Report of the Indian Hemp Drugs Commission, 1894-1895 - Volume IV
Year: 1894
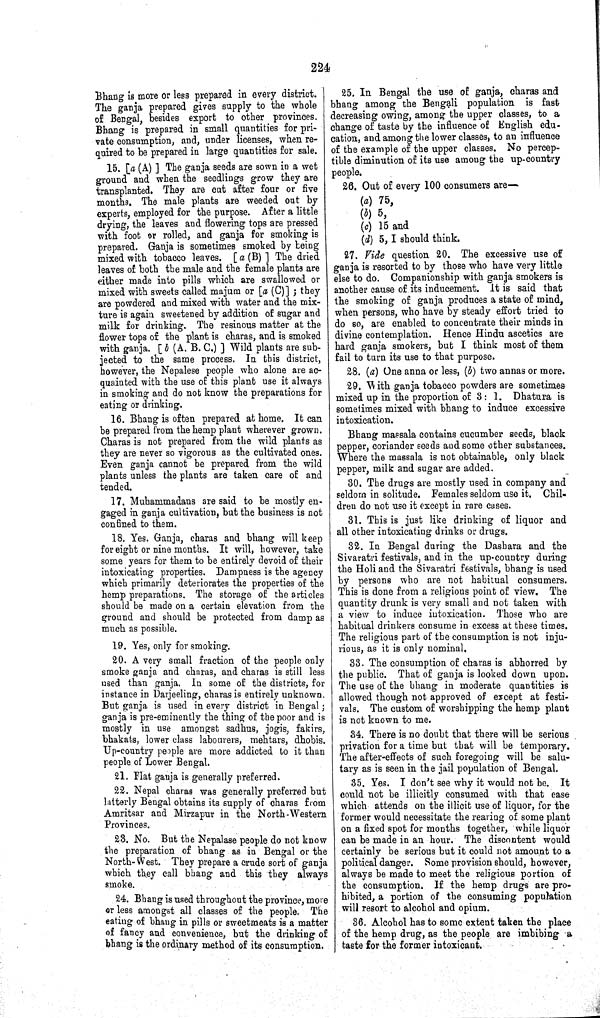
224
Bhang is more or less prepared in every district.
The ganja prepared gives supply to the whole
of Bengal, besides export to other provinces.
Bhang is prepared in small quantities for pri-
vate consumption, and, under licenses, when re-
quired to be prepared in large quantities for sale.
15. [a (A) ] The ganja seeds are sown in a wet
ground and when the seedlings grow they are
transplanted. They are cut after four or five
months. The male plants are weeded out by
experts, employed for the purpose. After a little
drying, the leaves and flowering tops are pressed
with foot or rolled, and ganja for smoking is
prepared. Ganja is sometimes smoked by being
mixed with tobacco leaves. [a (B)] The dried
leaves of both the male and the female plants are
either made into pills which are swallowed or
mixed with sweets called majum or [a (C)]; they
are powdered and mixed with water and the mix-
ture is again sweetened by addition of sugar and
milk for drinking. The resinous matter at the
flower tops of the plant is charas, and is smoked
with ganja. [ b (A. B. C.) ] Wild plants are sub-
jected to the same process. In this district,
however, the Nepalese people who alone are ac-
quainted with the use of this plant use it always
in smoking and do not know the preparations for
eating or drinking.
16. Bhang is often prepared at home. It can
be prepared from the hemp plant wherever grown.
Charas is not prepared from the wild plants as
they are never so vigorous as the cultivated ones.
Even ganja cannot be prepared from the wild
plants unless the plants are taken care of and
tended.
17. Muhammadans are said to be mostly en-
gaged in ganja cultivation, but the business is not
confined to them.
18. Yes. Ganja, charas and bhang will keep
for eight or nine months. It will, however, take
some years for them to be entirely devoid of their
intoxicating properties. Dampness is the agency
which primarily deteriorates the properties of the
hemp preparations. The storage of the articles
should be made on a certain elevation from the
ground and should be protected from damp as
much as possible.
19. Yes, only for smoking.
20. A very small fraction of the people only
smoke ganja and charas, and charas is still less
used than ganja. In some of the districts, for
instance in Darjeeling, charas is entirely unknown.
But ganja is used in every district in Bengal;
ganja is pre-eminently the thing of the poor and is
mostly in use amongst sadhus, jogis, fakirs,
bhakats, lower class labourers, mehtars, dhobis.
Up-country people are more addicted to it than
people of Lower Bengal.
21. Flat ganja is generally preferred.
22. Nepal charas was generally preferred but
latterly Bengal obtains its supply of charas from
Amritsar and Mirzapur in the North-Western
Provinces.
23. No. But the Nepalase people do not know
the preparation of bhang as in Bengal or the
North-West. They prepare a crude sort of ganja
which they call bhang and this they always
smoke.
24. Bhang is used throughout the province, more
or less amongst all classes of the people. The
eating of bhang in pills or sweetmeats is a matter
of fancy and convenience, but the drinking of
bhang is the ordinary method of its consumption.
25. In Bengal the use of ganja, charas and
bhang among the Bengali population is fast
decreasing owing, among the upper classes, to a
change of taste by the influence of English edu-
cation, and among the lower classes, to an influence
of the example of the upper classes. No percep-
tible diminution of its use among the up-country
people.
26. Out of every 100 consumers are—
(a) 75,
(b) 5,
(c) 15 and
(d) 5, I should think.
27. Vide question 20. The excessive use of
ganja is resorted to by those who have very little
else to do. Companionship with ganja smokers is
another cause of its inducement. It is said that
the smoking of ganja produces a state of mind,
when persons, who have by steady effort tried to
do so, are enabled to concentrate their minds in
divine contemplation. Hence Hindu ascetics are
hard ganja smokers, but I think most of them
fail to turn its use to that purpose.
28. (a) One anna or less, (b) two annas or more.
29. With ganja tobacco powders are sometimes
mixed up in the proportion of 3 : 1. Dhatura is
sometimes mixed with bhang to induce excessive
intoxication.
Bhang massala contains cucumber seeds, black
pepper, coriander seeds and some other substances.
Where the massala is not obtainable, only black
pepper, milk and sugar are added.
30. The drugs are mostly used in company and
seldom in solitude. Females seldom use it. Chil-
dren do not use it except in rare cases.
31. This is just like drinking of liquor and
all other intoxicating drinks or drugs.
32. In Bengal during the Dashara and the
Sivaratri festivals, and in the up-country during
the Holi and the Sivaratri festivals, bhang is used
by persons who are not habitual consumers.
This is done from a religious point of view. The
quantity drunk is very small and not taken with
a view to induce intoxication. Those who are
habitual drinkers consume in excess at these times.
The religious part of the consumption is not inju-
rious, as it is only nominal.
33. The consumption of charas is abhorred by
the public. That of ganja is looked down upon.
The use of the bhang in moderate quantities is
allowed though not approved of except at festi-
vals. The custom of worshipping the hemp plant
is not known to me.
34. There is no doubt that there will be serious
privation for a time but that will be temporary.
The after-effects of such foregoing will be salu-
tary as is seen in the jail population of Bengal.
35. Yes. I don't see why it would not be. It
could not be illicitly consumed with that ease
which attends on the illicit use of liquor, for the
former would necessitate the rearing of some plant
on a fixed spot for months together, while liquor
can be made in an hour. The discontent would
certainly be serious but it could not amount to a
political danger. Some provision should, however,
always be made to meet the religious portion of
the consumption. If the hemp drugs are pro-
hibited, a portion of the consuming population
will resort to alcohol and opium.
36. Alcohol has to some extent taken the place
of the hemp drug, as the people are imbibing a
taste for the former intoxicant.